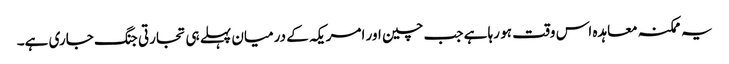
یہ ممکنہ معاہدہ اس وقت ہو رہا ہے جب چین اور امریکہ کے درمیان پہلے ہی تجارتی جنگ جاری ہے۔